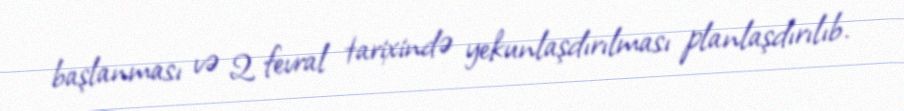
başlanması və 2 fevral tarixində yekunlaşdırılması planlaşdırılıb.